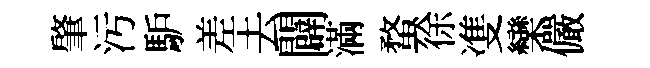
肇汚馿差去闢滿蝥徐㕠欒儼